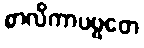
စာလိကာပဗ္ဗတေ